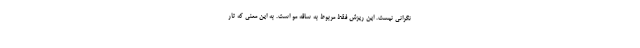
نگرانی نیست. این ریزش فقط مربوط به ساقه مو است. به این معنی که تار